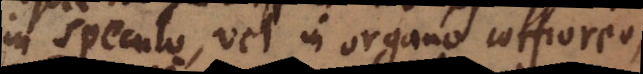
in speculo, vel in organo corporeo,